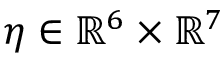
\boldsymbol { \eta } \in \mathbb { R } ^ { 6 } \times \mathbb { R } ^ { 7 }